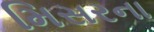
મિસરના